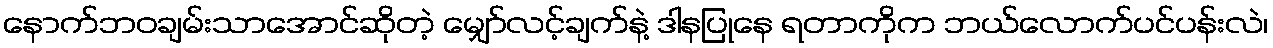
နောက်ဘဝချမ်းသာအောင်ဆိုတဲ့ မျှော်လင့်ချက်နဲ့ ဒါနပြုနေ ရတာကိုက ဘယ်လောက်ပင်ပန်းလဲ၊